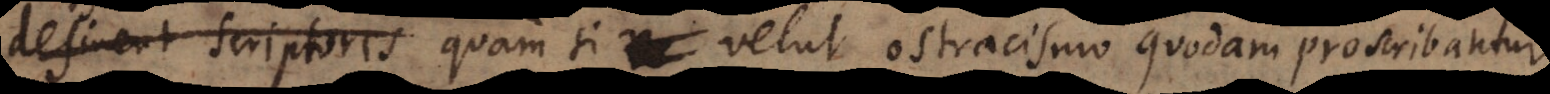
melius occurretur, quam si velut ostracismo quodam proscribantur